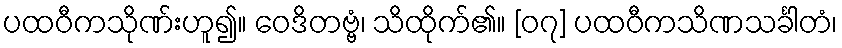
ပထဝီကသိုဏ်းဟူ၍။ ဝေဒိတဗ္ဗံ၊ သိထိုက်၏။ [၀၇] ပထဝီကသိဏသင်္ခါတံ၊